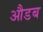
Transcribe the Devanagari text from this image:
औडब